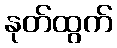
နုတ်ထွက်